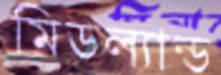
মিডল্যান্ড